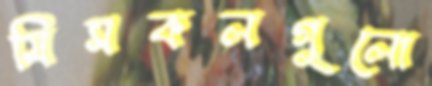
মিসকলগুলো